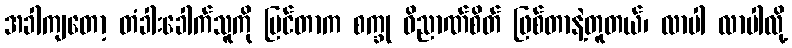
အခါကျတော့ တံခါးခေါက်သူကို မြင်တာက စက္ခု ဝိညာဏ်စိတ် ဖြစ်တာနဲ့တူတယ်၊ လာပါ လာပါလို့